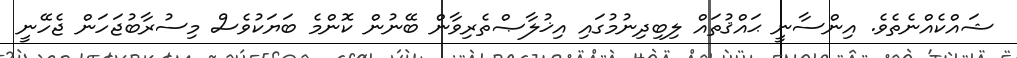
ޝައްކެއްނެތެވެ. އިންސާނީ ޙައްޤުތައް ލިބިދިނުމުގައި އިޚުލާޞްތެރިވާން ބޭނުން ކޮންމެ ބަޔަކުވެސް މިސުރާބުޖަހަން ޖެހޭނީ